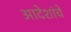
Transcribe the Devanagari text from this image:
आदेशांचे